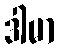
ဒါမာ